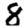
Digit: 8